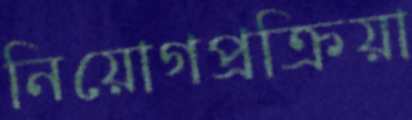
নিয়োগপ্রক্রিয়া